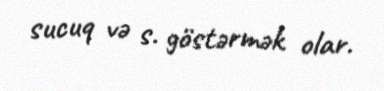
sucuq və s. göstərmək olar.